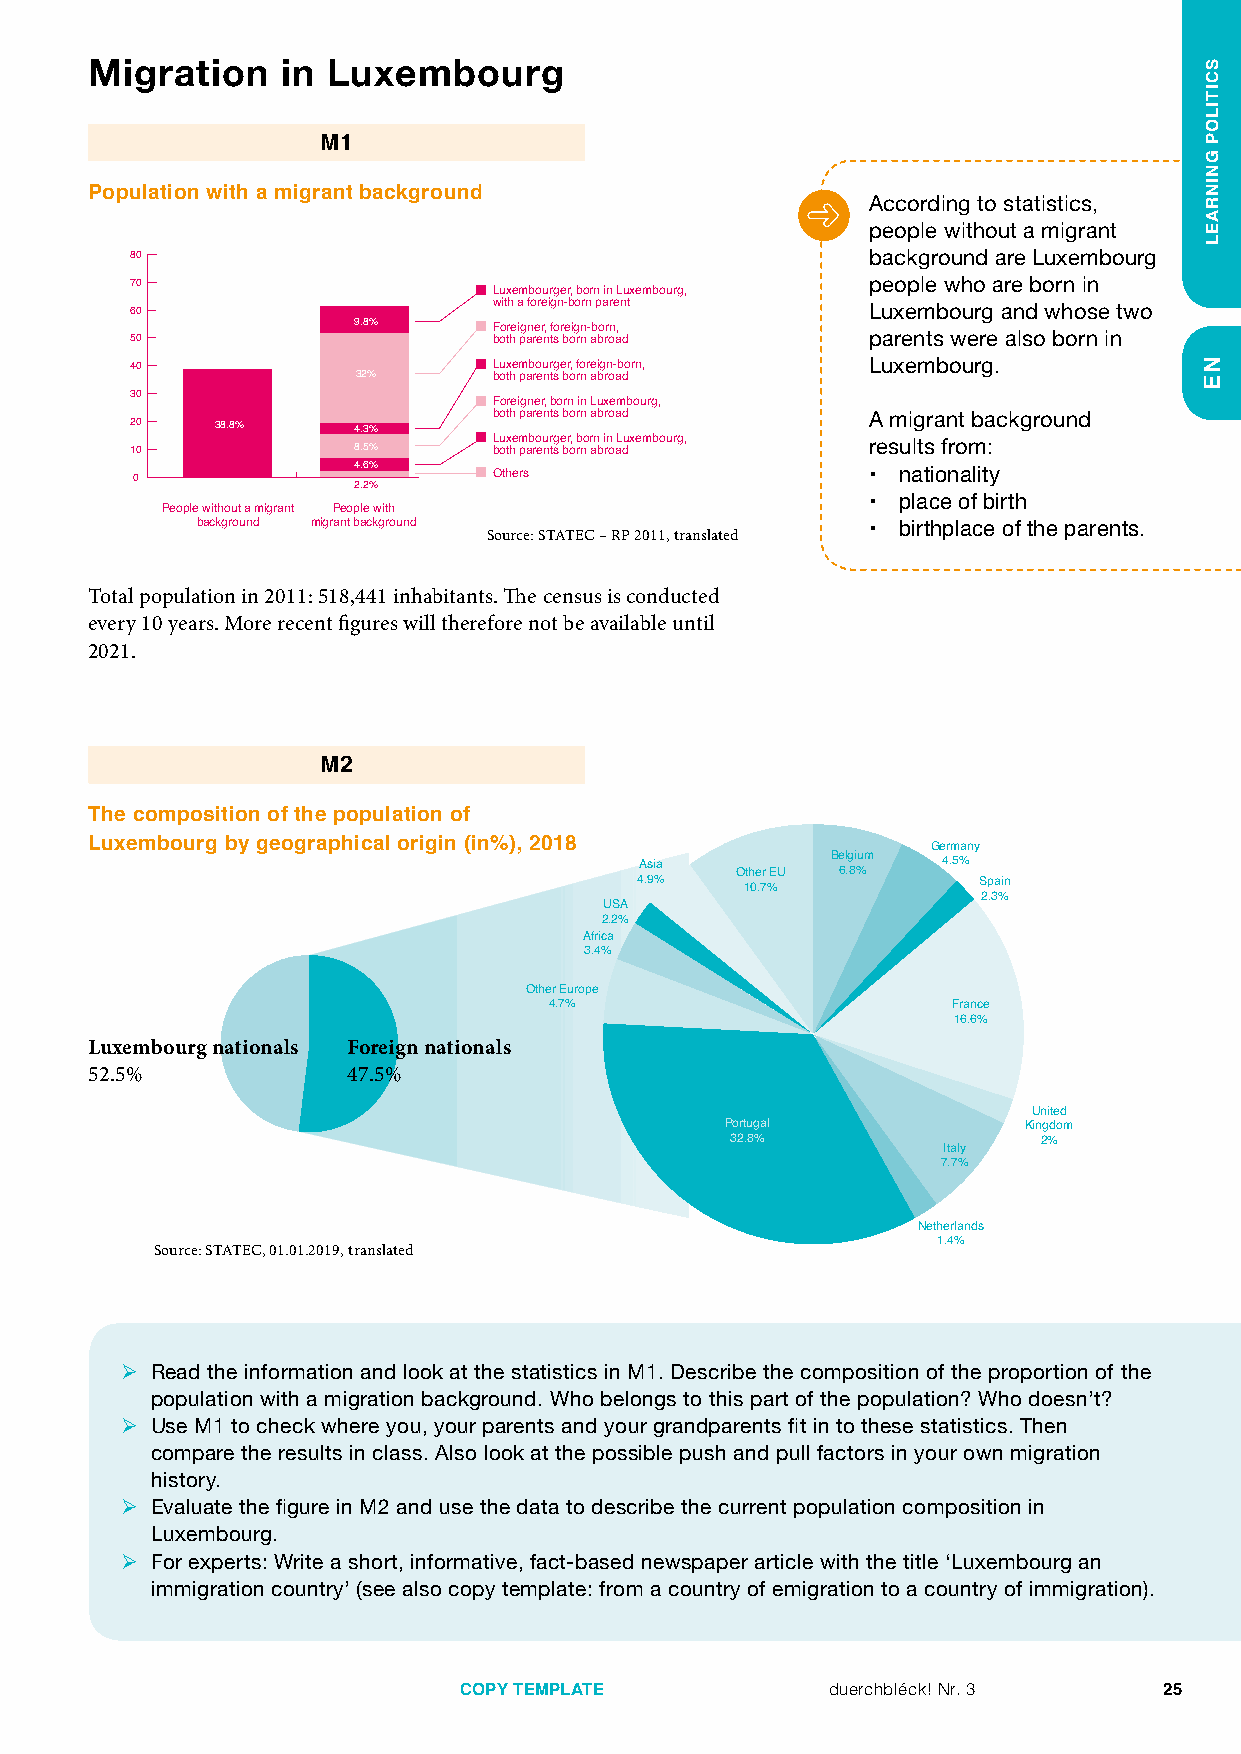
Migration    in Luxembourg
 M1
 Population with a migrant background
 According to statistics,
 people without a migrant
 80                                               background are Luxembourg
 70                                               people who are born in
 Luxembourger, born in Luxembourg,
 with a foreign-born parent
 60                                               Luxembourg and whose two
 9.8%      Foreigner, foreign-born,
 50                      both parents born abroad parents were also born in
 40                      Luxembourger, foreign-born, Luxembourg.
 32%      both parents born abroad
 30
 Foreigner, born in Luxembourg,
 20   38.8%    4.3%      both parents born abroad A migrant background
 Luxembourger, born in Luxembourg,
 10            8.5%      both parents born abroad results from:
 4.6%
 0                       Others                   • nationality
 2.2%
 • place of birth
 People without a migrant People with
 background migrant background Source: STATEC – RP 2011, translated • birthplace of the parents.
 Total population in 2011: 518,441 inhabitants. The census is conducted
 every 10 years. More recent figures will therefore not be available until
 2021.
 M2
 The composition of the population of
 Luxembourg by geographical origin (in%), 2018           Germany
 Asia
 Other EU
 B 6e .lg 8i %um 4.5%
 4.9%   10.7%           Spain
 2.3%
 USA
 2.2%
 Africa
 3.4%
 Other Europe
 4.7%                       France
 16.6%
 Luxembourg nationals Foreign nationals
 52.5%            47.5%
 United
 Portugal            Kingdom
 32.8%                2%
 Italy
 7.7%
 Netherlands
 1.4%
 Source: STATEC, 01.01.2019, translated
 ¾ Read the information and look at the statistics in M1. Describe the composition of the proportion of the
 population with a migration background. Who belongs to this part of the population? Who doesn’t?
 ¾ Use M1 to check where you, your parents and your grandparents fit in to these statistics. Then
 compare the results in class. Also look at the possible push and pull factors in your own migration
 history.
 ¾ Evaluate the figure in M2 and use the data to describe the current population composition in
 Luxembourg.
 ¾ For experts: Write a short, informative, fact-based newspaper article with the title ‘Luxembourg an
 immigration country’ (see also copy template: from a country of emigration to a country of immigration).
 COPY TEMPLATE            duerchbléck! Nr. 3    25
 SCITILOP
 GNINRAEL
 NE